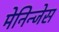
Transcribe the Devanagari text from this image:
मेनिन्जेस